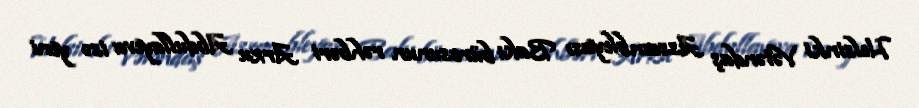
Helsinki Vətəndaş Assambleyası Bakı bürosunun rəhbəri Arzu Abdullayeva isə yeni